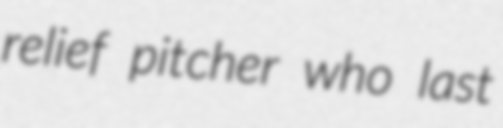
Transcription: relief pitcher who last